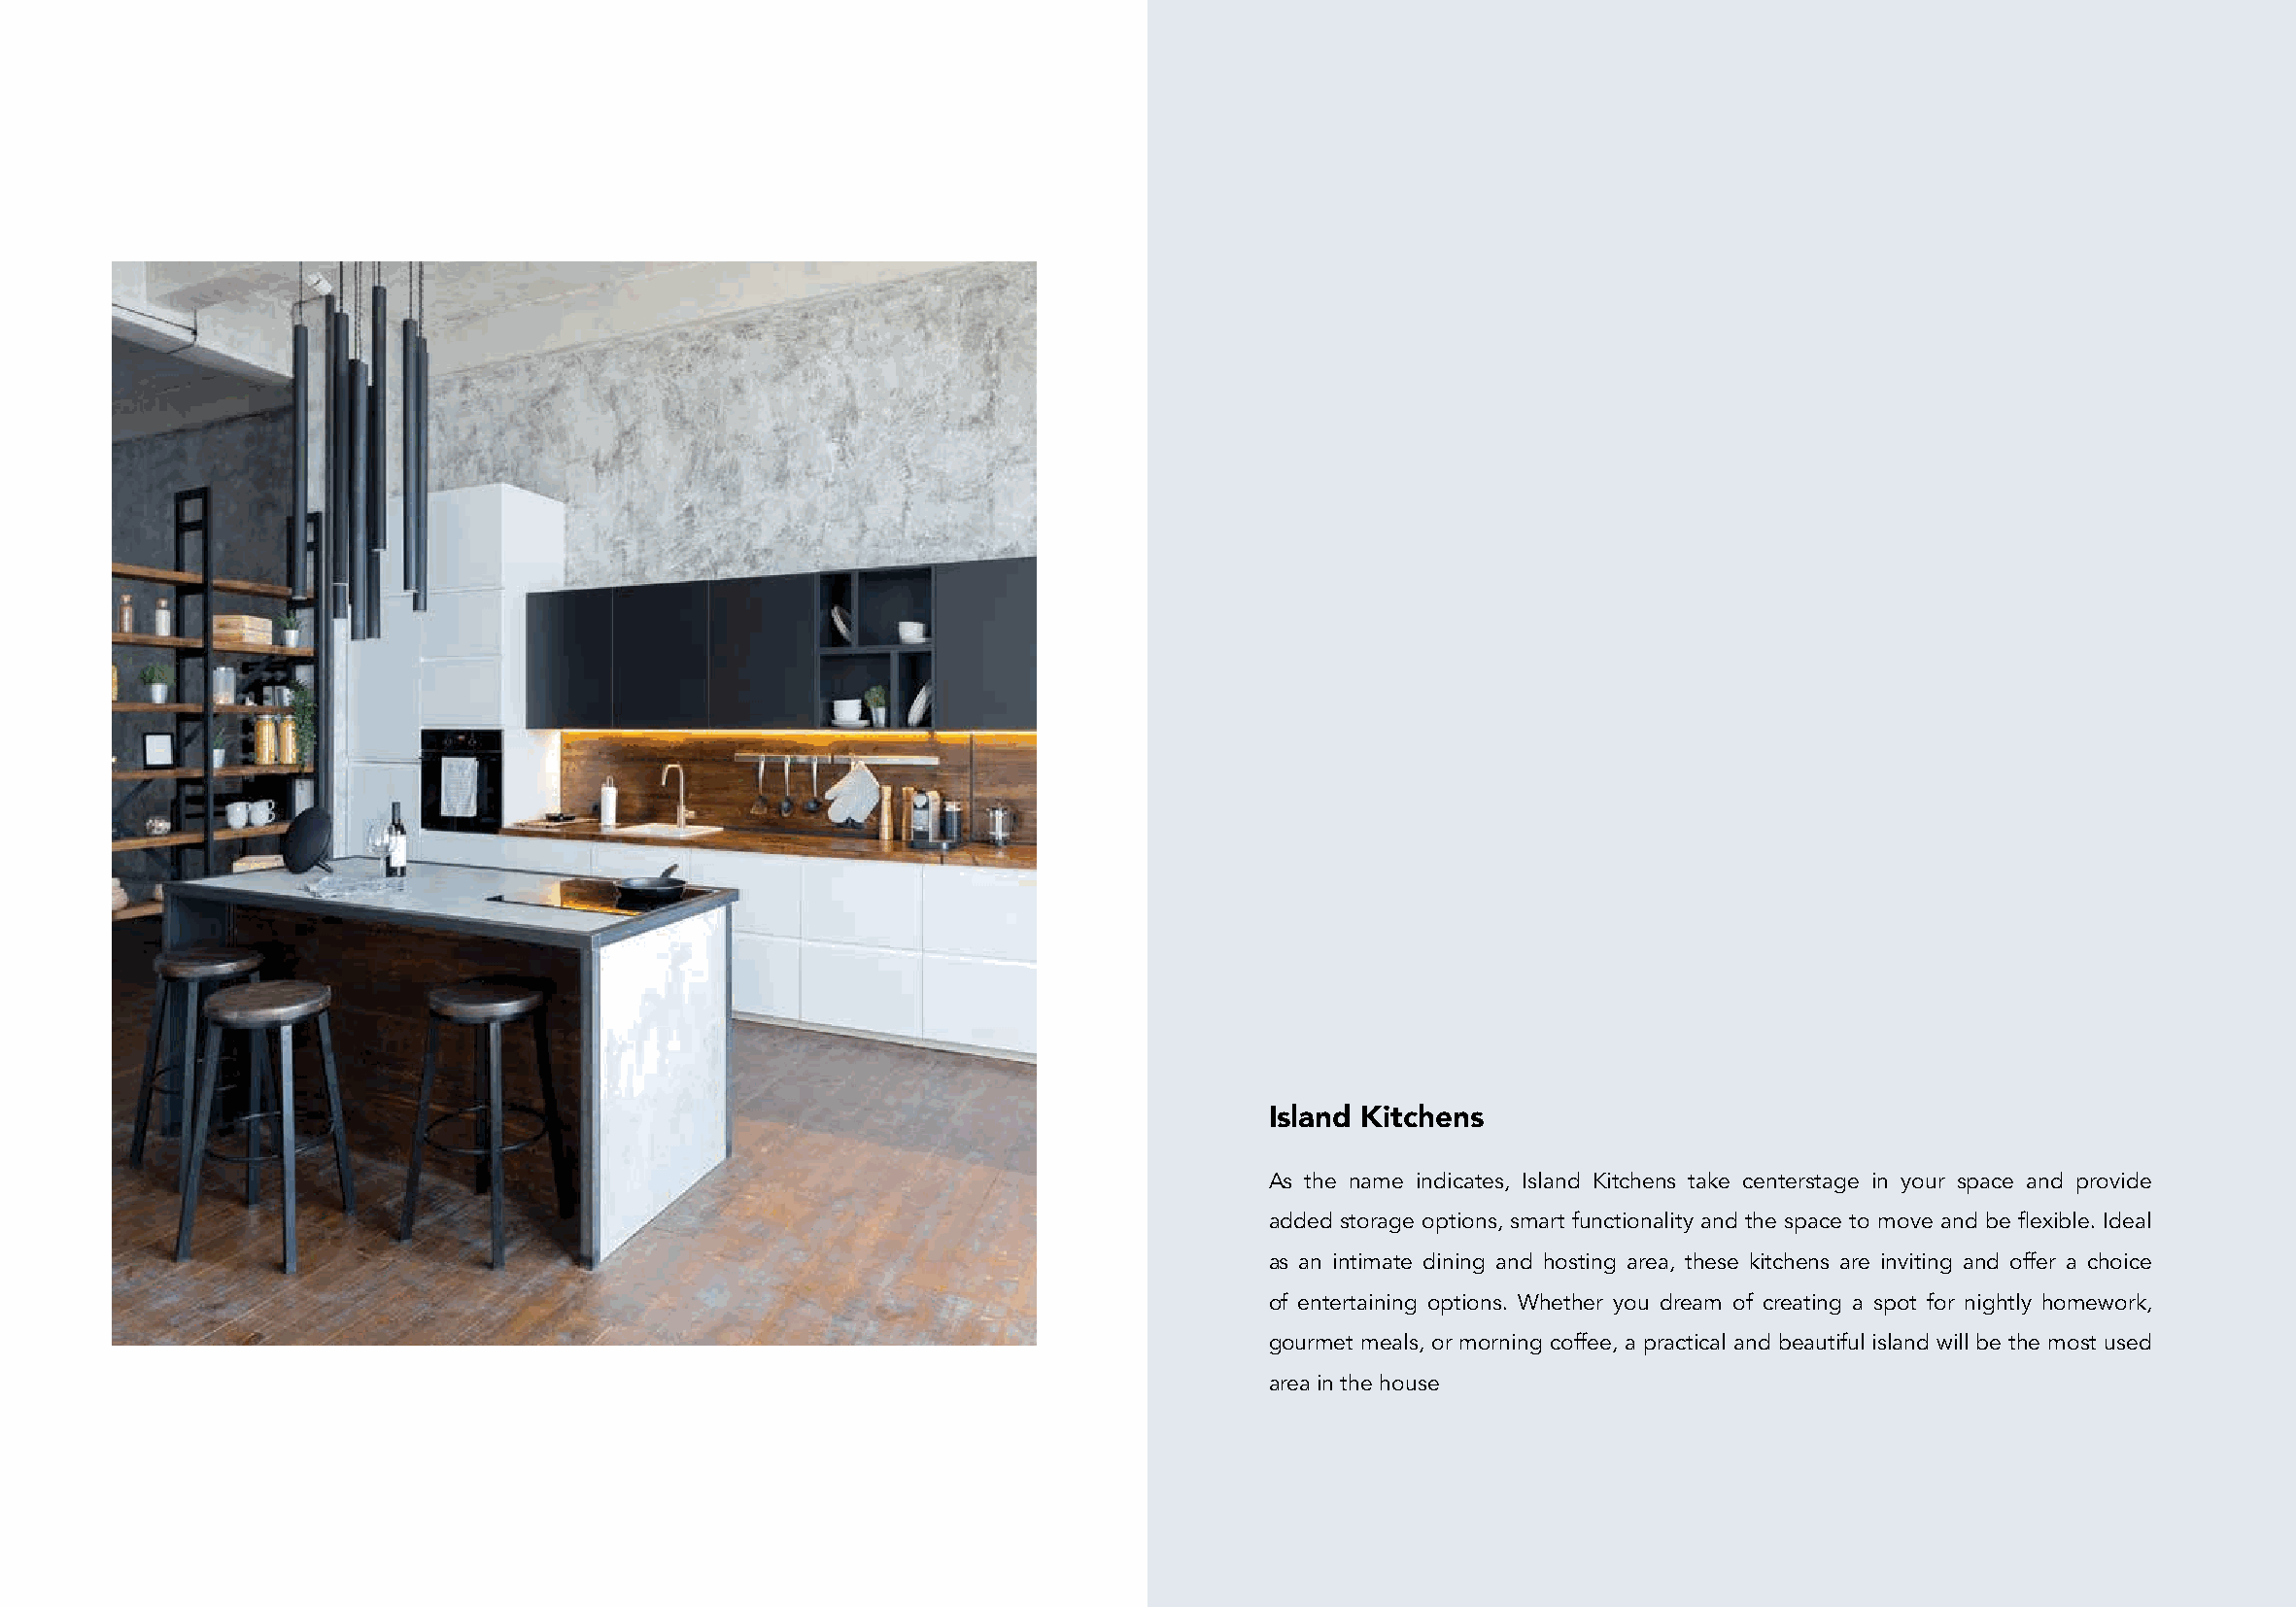
Island Kitchens
 As the name indicates, Island Kitchens take centerstage in your space and provide
 added storage options, smart functionality and the space to move and be flexible. Ideal
 as an intimate dining and hosting area, these kitchens are inviting and offer a choice
 of entertaining options. Whether you dream of creating a spot for nightly homework,
 gourmet meals, or morning coffee, a practical and beautiful island will be the most used
 area in the house